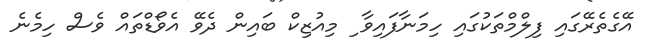
އޭގެެތެރޭގައި ފިލްމްތަކުގައި ހިމަނާފައިވާ ި މިއުޒިކް ބައިން ދެވޭ އެވޯޑްތައް ވެސް ހިމެނެ